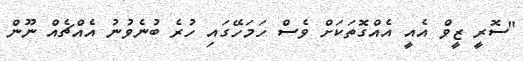
"ސޮރީ ޒީވް އެއީ އެއްގޮތަކަށް ވެސް ހަމަހޭގައި ހުރެ ބުނެވުނު އެއްޗެއް ނޫން